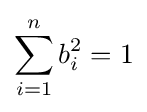
\sum _{i=1}^{n}b_{i}^{2}=1